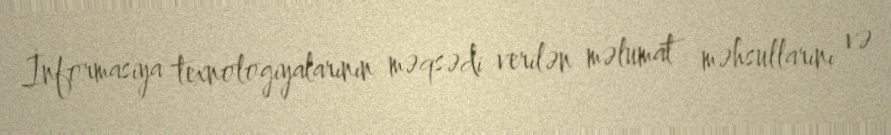
İnformasiya texnologiyalarının məqsədi verilən məlumat məhsullarını və